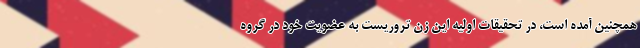
همچنین آمده است، در تحقیقات اولیه این زن تروریست به عضویت خود در گروه